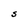
Character: S